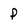
Character: p